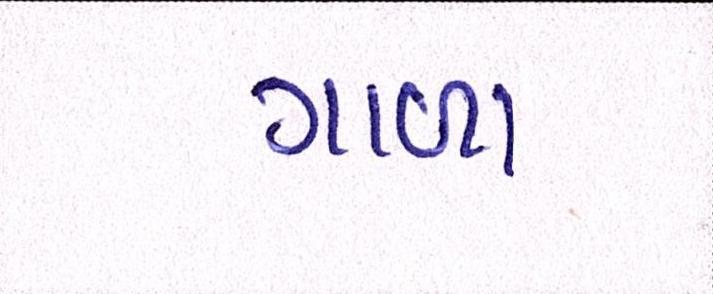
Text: ગાળા